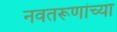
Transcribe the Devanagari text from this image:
नवतरूणांच्या